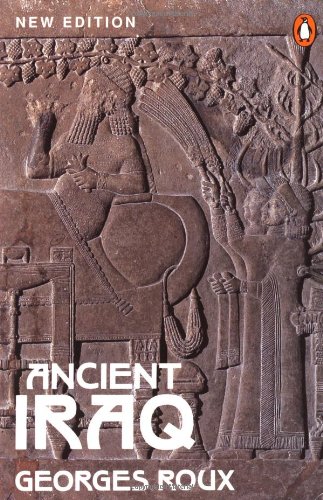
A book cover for Ancient Iraq: Third Edition (Penguin History); Georges Roux; History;